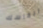
انفاسك